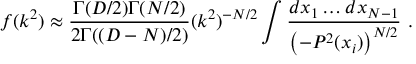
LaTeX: f ( k ^ { 2 } ) \approx \frac { \Gamma ( D / 2 ) \Gamma ( N / 2 ) } { 2 \Gamma ( ( D - N ) / 2 ) } ( k ^ { 2 } ) ^ { - N / 2 } \int \frac { d x _ { 1 } \ldots d x _ { N - 1 } } { \left( - P ^ { 2 } ( x _ { i } ) \right) ^ { N / 2 } } \ .